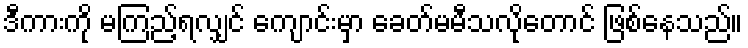
ဒီကားကို မကြည့်ရလျှင် ကျောင်းမှာ ခေတ်မမီသလိုတောင် ဖြစ်နေသည်။